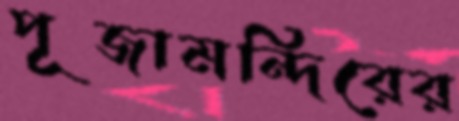
পূজামন্দিরের